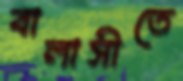
বালাসীতে